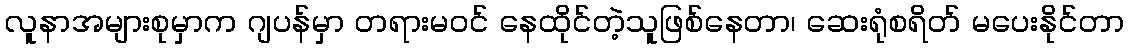
လူနာအများစုမှာက ဂျပန်မှာ တရားမဝင် နေထိုင်တဲ့သူဖြစ်နေတာ၊ ဆေးရုံစရိတ် မပေးနိုင်တာ